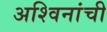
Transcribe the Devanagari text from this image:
अश्विनांची